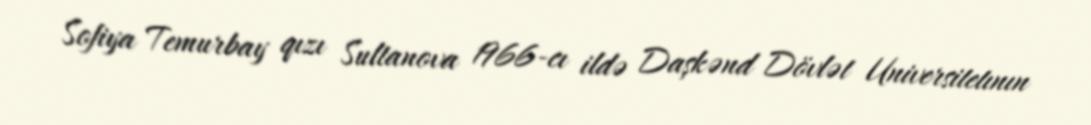
Sofiya Temurbay qızı Sultanova 1966-cı ildə Daşkənd Dövlət Universitetının